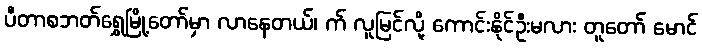
ပီတာစဘတ်ရွှေမြို့တော်မှာ လာနေတယ်၊ က် လူမြင်လို့ ကောင်းနိုင်ဦးမလား တူတော် မောင်